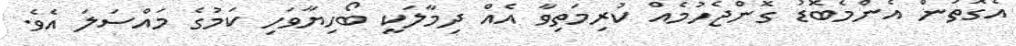
އެގޮތުން އެންމެބޮޑު ގޮންޖެހުމެއް ކުރިމަތިވާ އެއް ދިމާލަކީ ބޯހިޔާވަހި ކަމުގެ މައްސަލަ އެވެ.